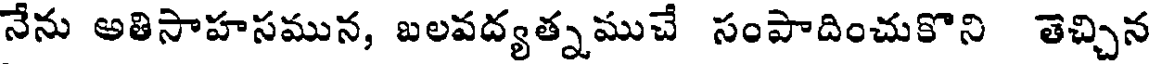
నేను అతిసాహసమున, బలవద్యత్నముచే సంపాదించుకొని తెచ్చిన